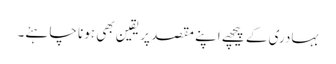
بہادری کے پیچھے اپنے مقصد پر یقین بھی ہونا چاہئے۔